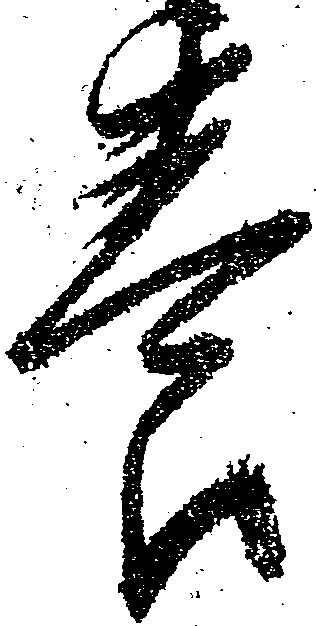
養